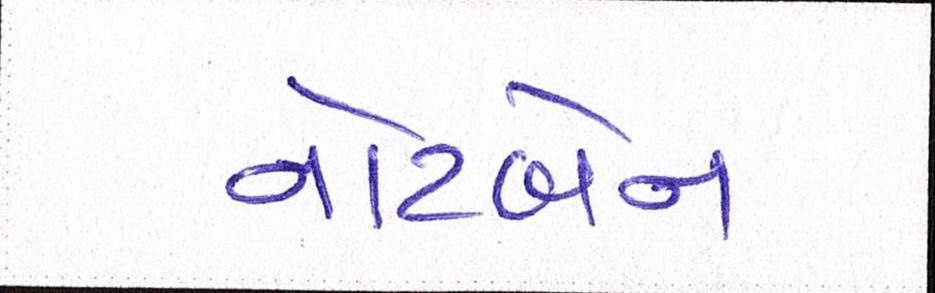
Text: નોટબેન